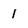
Character: 1